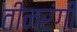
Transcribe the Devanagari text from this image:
तीनरंगी